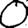
Digit: 0